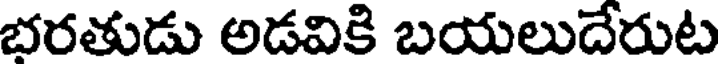
భరతుడు అడవికి బయలుదేరుట